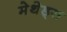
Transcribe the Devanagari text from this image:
मेथेड्स